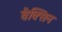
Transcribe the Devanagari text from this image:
वैक्सिन